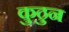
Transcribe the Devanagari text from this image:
कुठुन